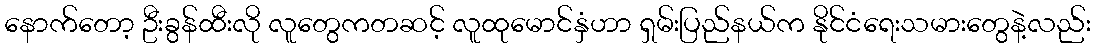
နောက်တော့ ဦးခွန်ထီးလို လူတွေကတဆင့် လူထုမောင်နှံဟာ ရှမ်းပြည်နယ်က နိုင်ငံရေးသမားတွေနဲ့လည်း